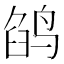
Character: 鹐